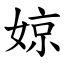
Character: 婛